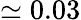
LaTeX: \simeq 0.03